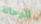
الرحالة